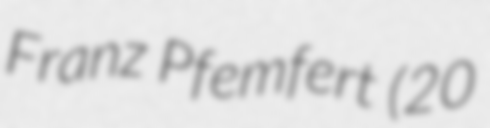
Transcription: Franz Pfemfert (20